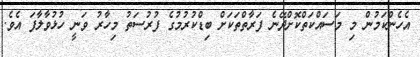
އެހެންކަމުން މި މަސައްކަތްކޮށްދޭނެ ފަރާތްތަކަށް ބިޑްކުރުމުގެ ފުރުސަތު މިހާރު ވަނީ ހުޅުވާލާފަ އެވެ.